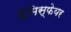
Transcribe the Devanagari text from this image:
हेमिस्फेयर